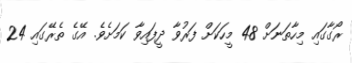
ރޯގާގައި މިހާތަނަށް 48 މީހަކަށް ފަރުވާ ދީފައިވާ ކަމަށެވެ. އޭގެ ތެރޭގައި 24